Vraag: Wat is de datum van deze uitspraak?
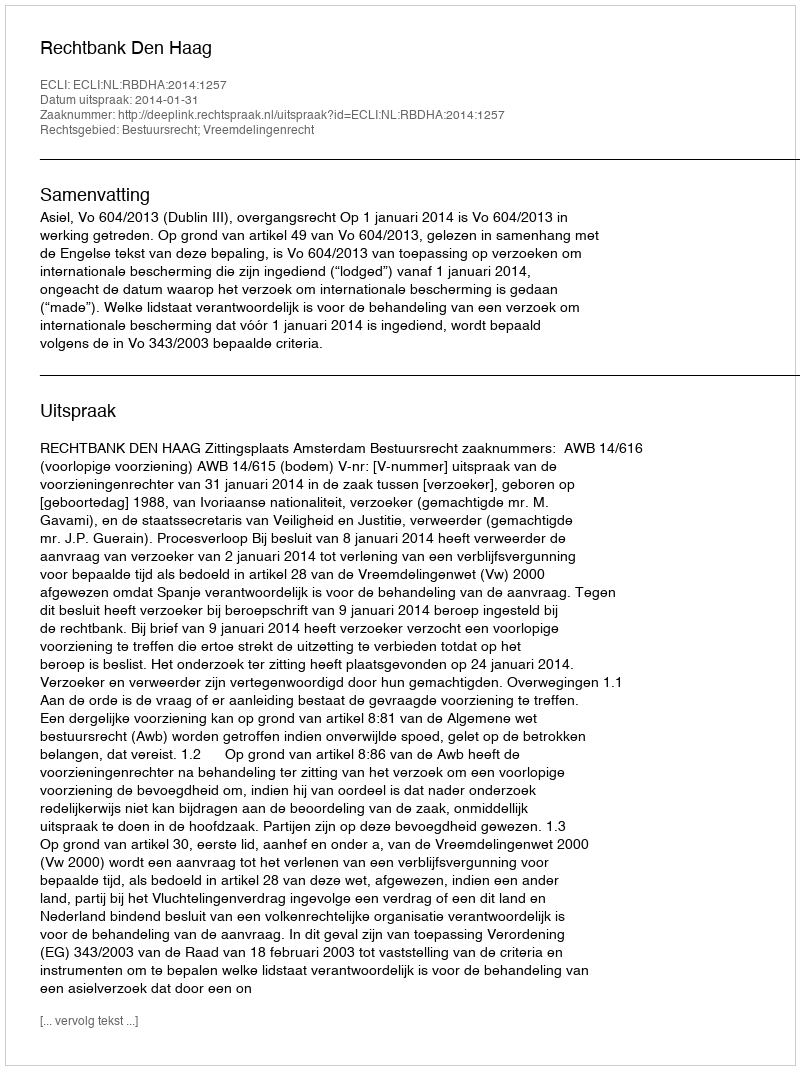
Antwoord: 2014-01-31